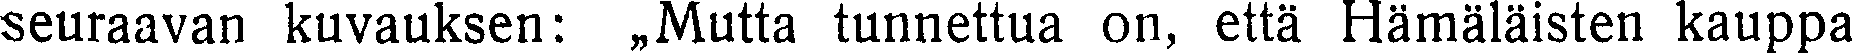
seuraavan kuvauksen: ,,Mutta tunnettua on, että Hämäläisten kauppa